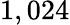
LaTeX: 1,024